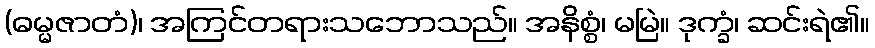
(ဓမ္မဇာတံ)၊ အကြင်တရားသဘောသည်။ အနိစ္စံ၊ မမြဲ။ ဒုက္ခံ၊ ဆင်းရဲ၏။